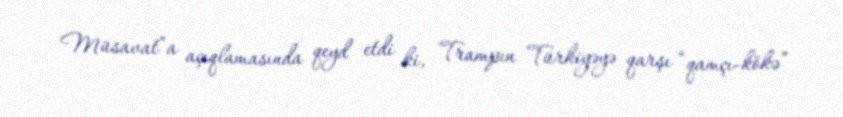
Müsavat”a açıqlamasında qeyd etdi ki, Trampın Türkiyəyə qarşı “qamçı-kökə”